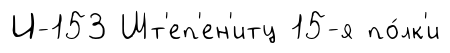
И-153 Шт'еп'ен'итц 15-я по́лк'и